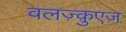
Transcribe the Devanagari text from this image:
वलज़्क़ुएज़